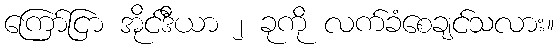
ကြော်ငြာ အိုင်ဒီယာ ၂ ခုကို လက်ခံစေချင်သလား။